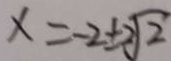
x = - 2 \pm 2 \sqrt { 2 }